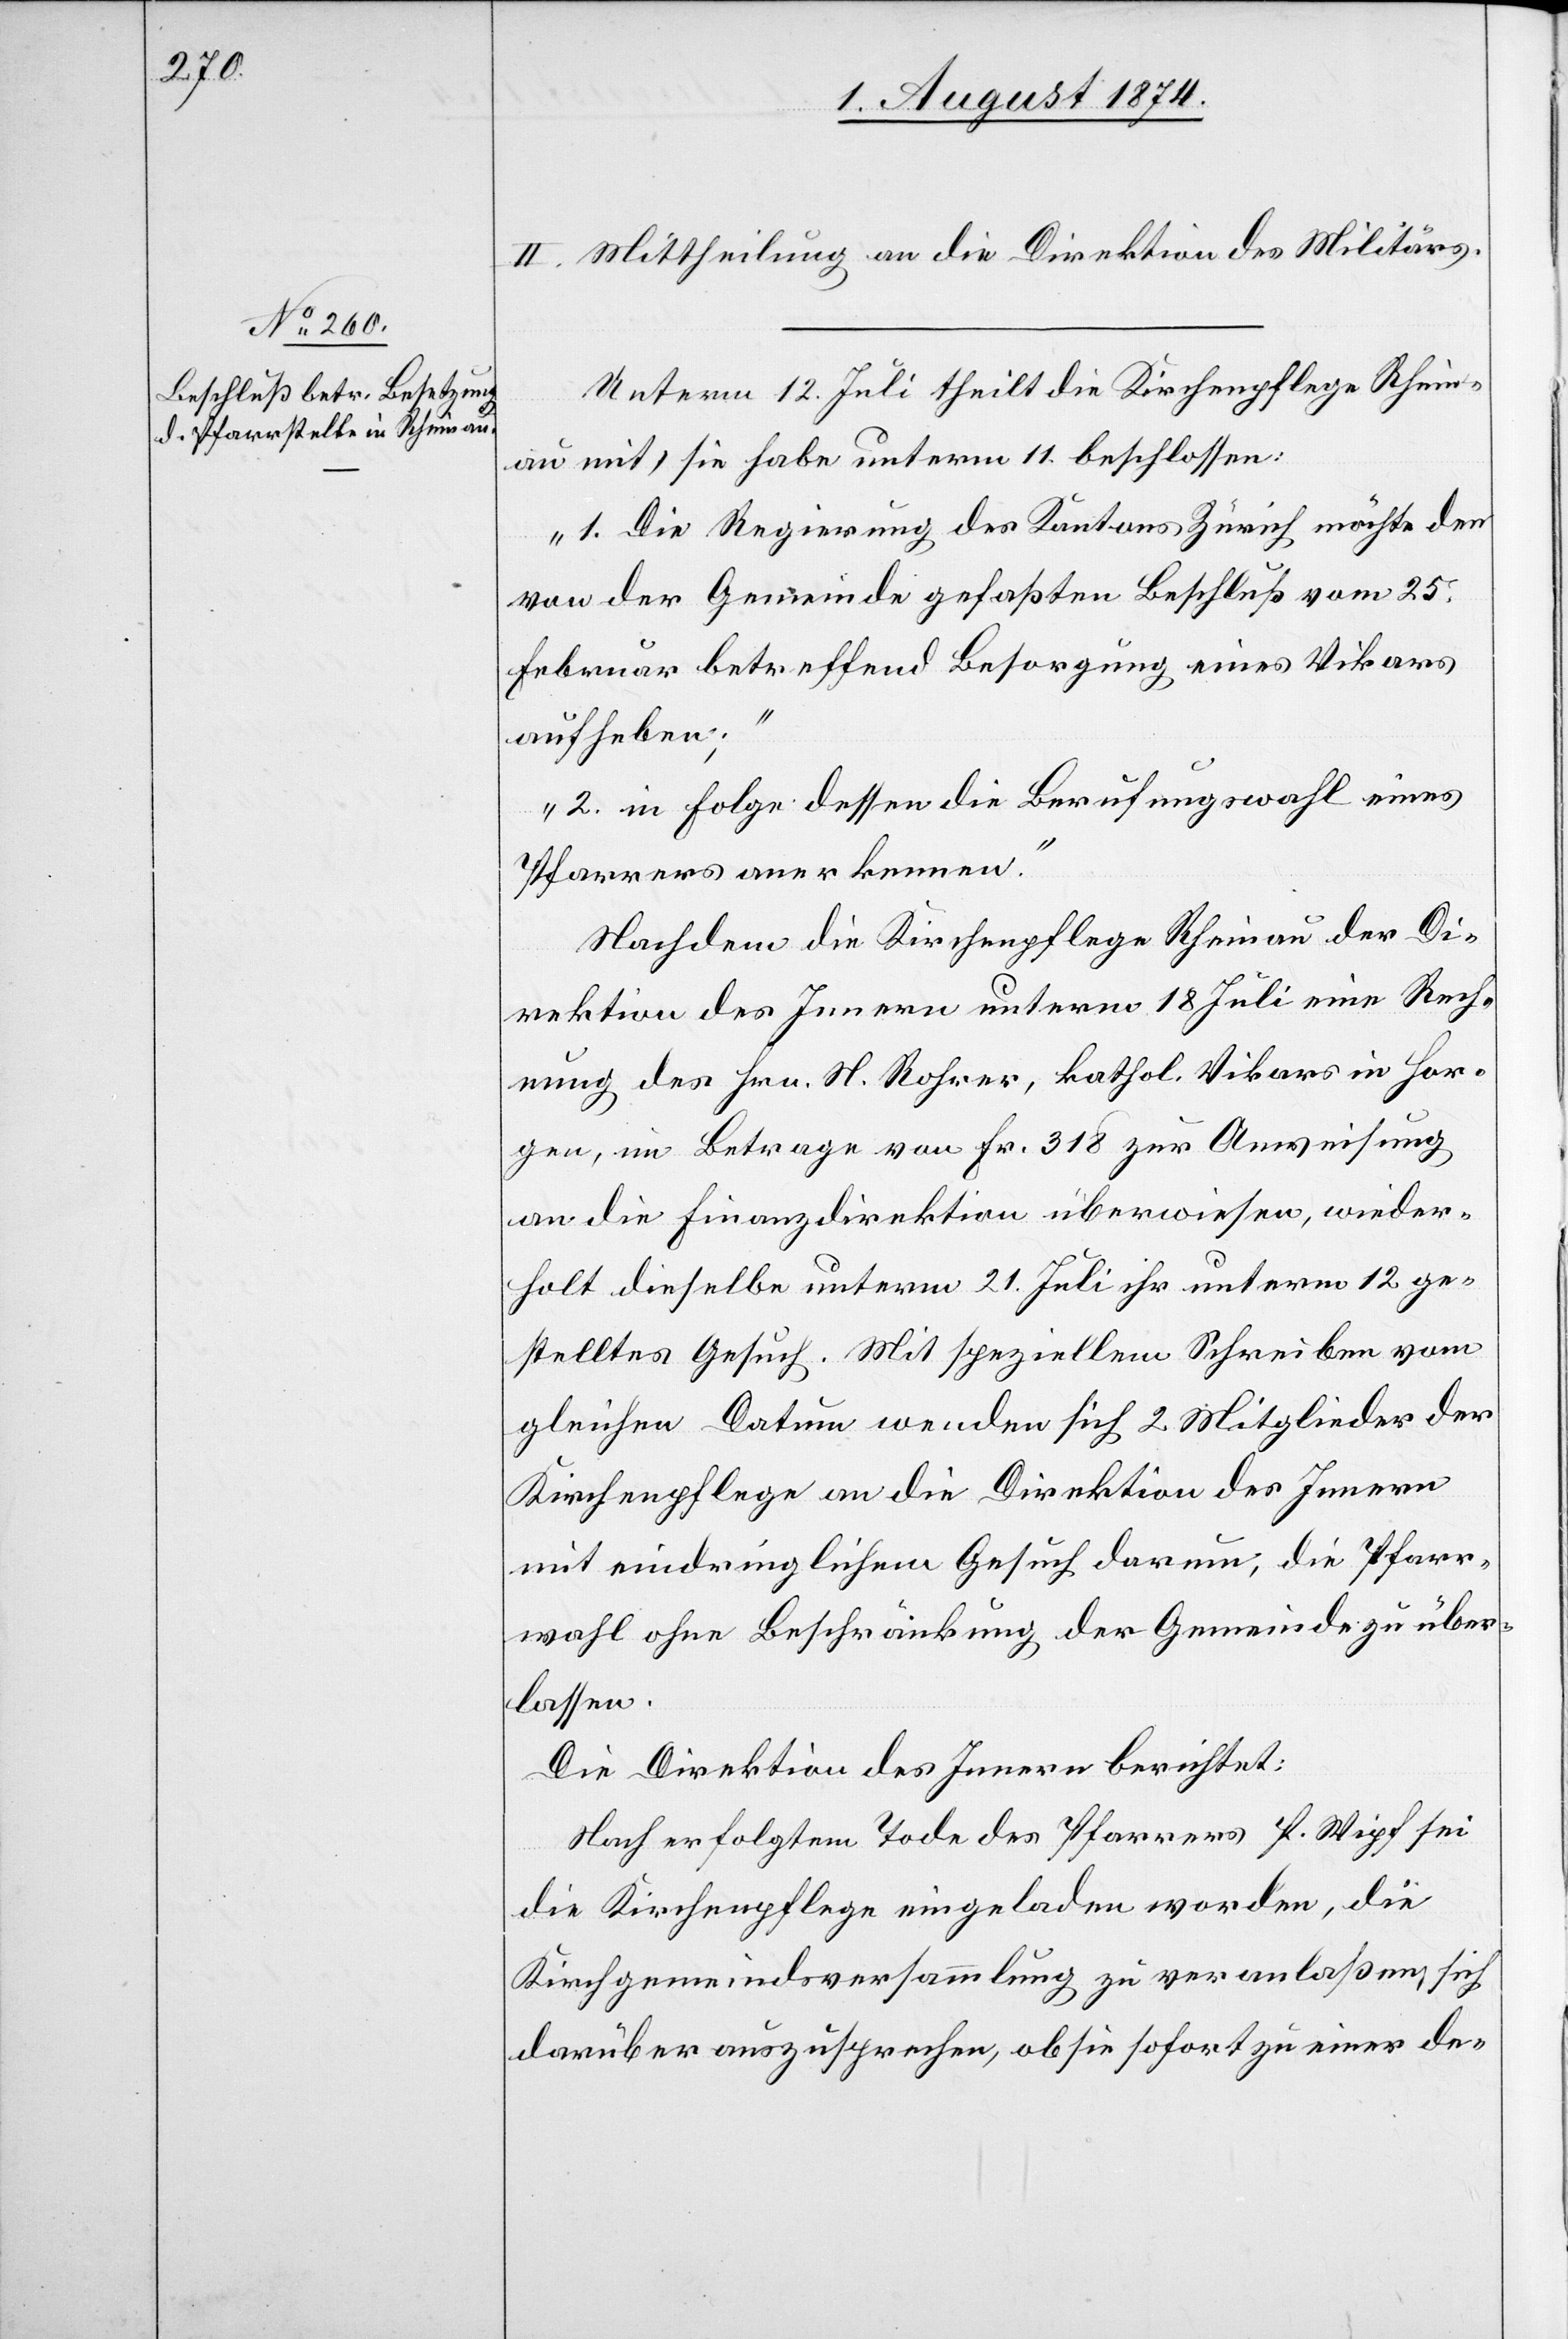
II. Mittheilung an die Direktion des Militärs.
Unterm 12. Juli theilt die Kirchenpflege Rhein¬
au mit, sie habe unterm 11. beschlossen:
„1. Die Regierung des Kantons Zürich möchte den
von der Gemeinde gefaßten Beschluß vom 25.
Februar betreffend Besorgung eines Vikars
aufheben;
2. in Folge dessen die Berufungswahl eines
Pfarrers anerkennen.“
Nachdem die Kirchenpflege Rheinau der Di¬
rektion des Innern unterm 18. Juli eine Rech¬
nung des Hrn. N. Rohrer, kathol. Vikars in Hor¬
gen, im Betrage von Fr. 318 zur Anweisung
an die Finanzdirektion überwiesen, wieder¬
holt dieselbe unterm 21. Juli ihr unterm 12. ge¬
stelltes Gesuch. Mit speziellem Schreiben vom
gleichen Datum wenden sich 2 Mitglieder der
Kirchenpflege an die Direktion des Innern
mit eindringlichem Gesuch darum die Pfarr¬
wahl ohne Beschränkung der Gemeinde zu über¬
lassen.
Die Direktion des Innern berichtet:
Nach erfolgtem Tode des Pfarrers P. Wipf sei
die Kirchenpflege eingeladen worden, die
Kirchgemeindsversammlung zu veranlaßen, sich
darüber auszusprechen, ob sie sofort zu einer de-